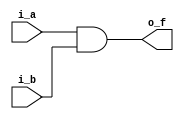
// -- python C:\Users\Brandon\Documents\Personal_Projects\my_utils\modelsim_utils\auto_run.py -d run_cmd__NAND4_v.do

module AND2_v
  (input i_a, i_b,
   output o_f);
   
  assign o_f = i_a & i_b;
  
endmodule